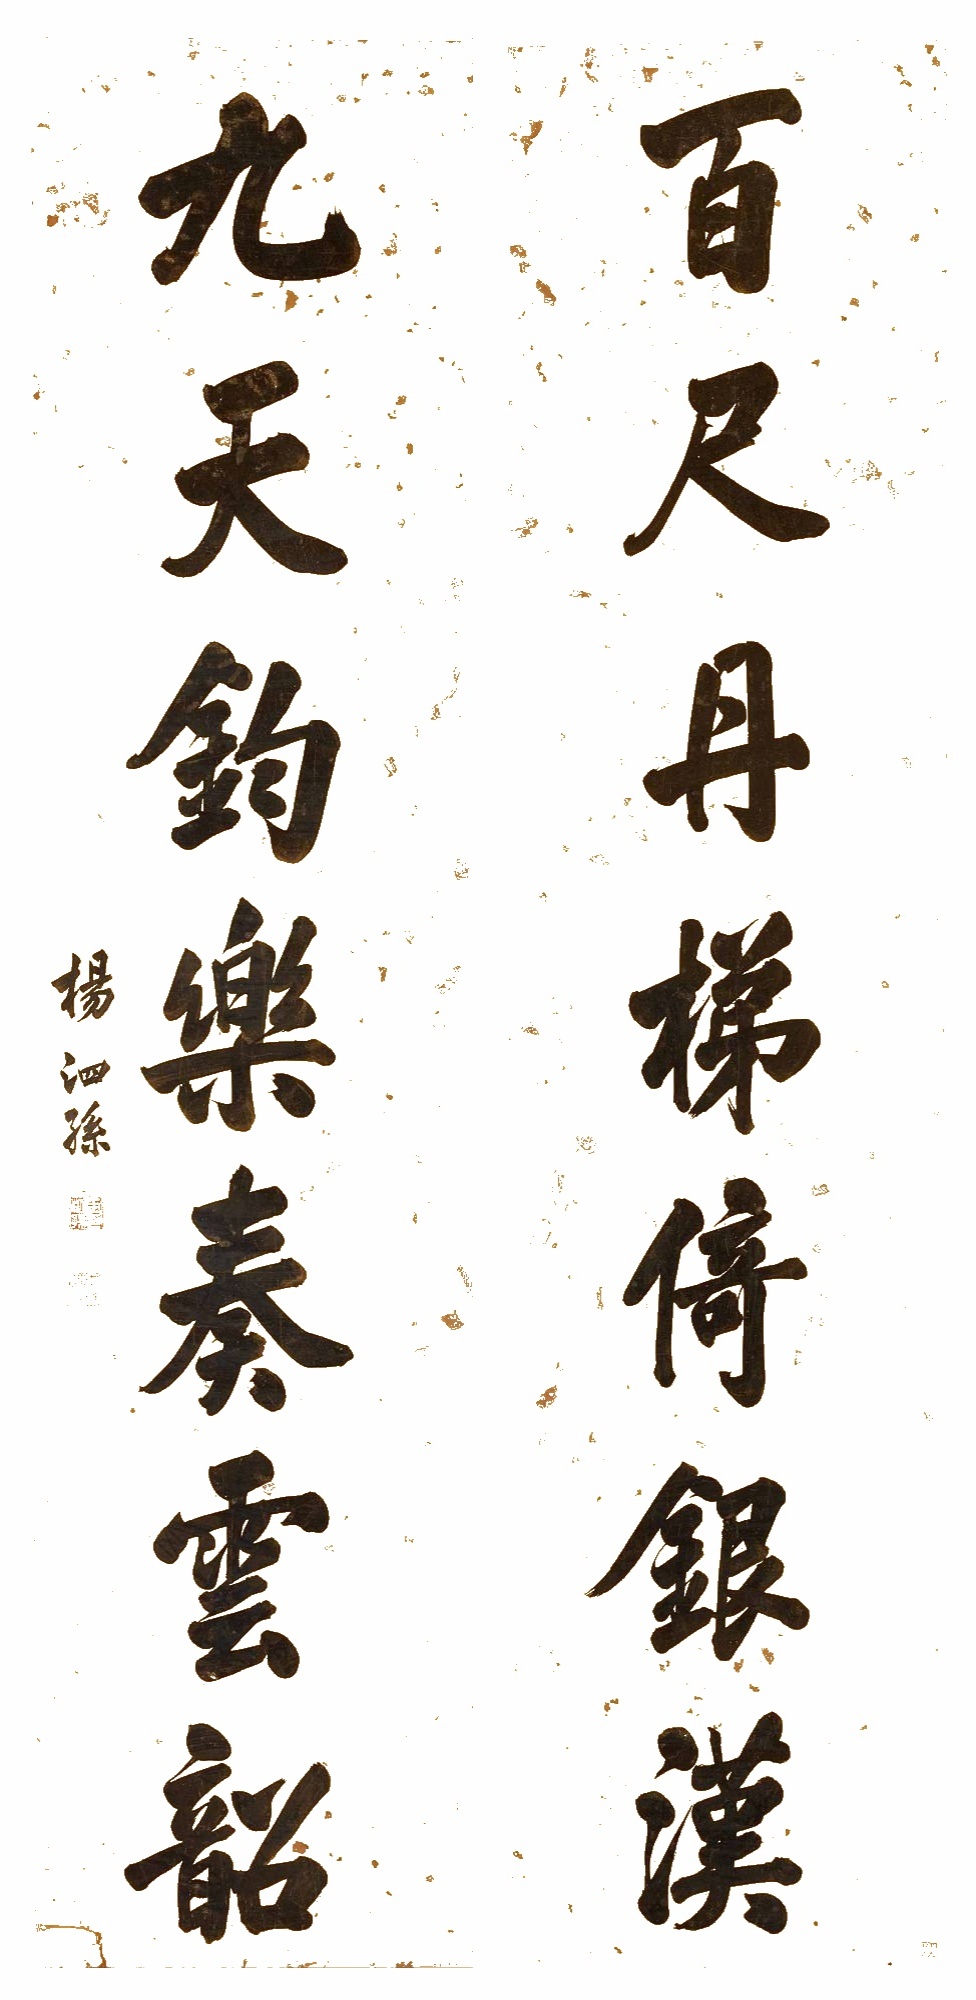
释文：百尺丹梯倚银汉，九天钧乐奏云韶。杨泗孙。